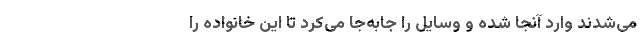
می‌شدند وارد آنجا شده و وسایل را جابه‌جا می‌کرد تا این خانواده را